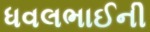
ધવલભાઈની